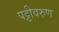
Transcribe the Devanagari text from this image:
पट्टीवरुण